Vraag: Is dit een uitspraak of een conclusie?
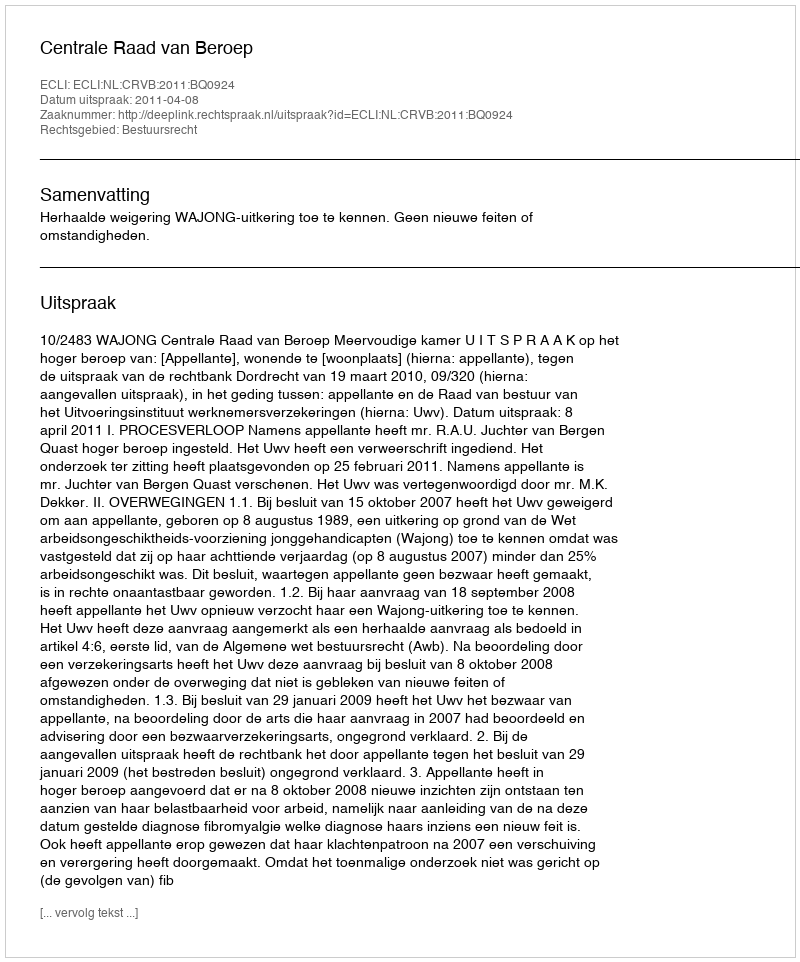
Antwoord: Uitspraak